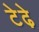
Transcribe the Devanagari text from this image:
टेढे़